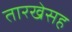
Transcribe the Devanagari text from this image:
तारखेसह